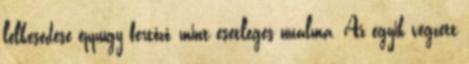
lelkesedése éppúgy fertőző, mint esetleges unalma. Az egyik végzett